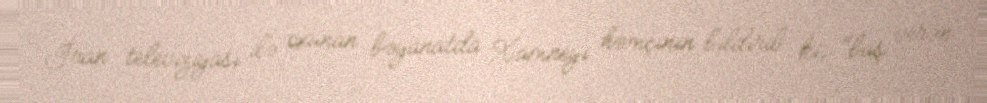
İran televiziyası ilə oxunan bəyanatda Xamneyi həmçinin bildirib ki, "baş verən